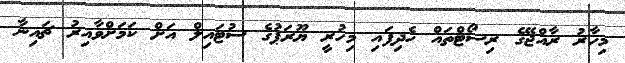
މިހާރު ރާއްޖޭގެ ރިސޯޓްތައް ހެދިފައި މިހުރީ ޔޫރަޕުގެ ސުޓައިލް އަށް ކަމަށްވާއިރު ޗައިނާ